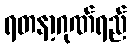
ရတနာ့ဂုဏ်ရည်